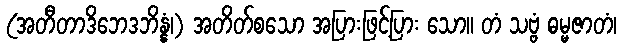
(အတီတာဒိဘေဒဘိန္နံ၊) အတိတ်စသော အပြားဖြင့်ပြား သော။ တံ သဗ္ဗံ ဓမ္မဇာတံ၊